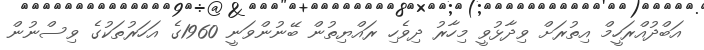
އަބްދުއްރަހީމް އިތުރަށް ވިދާޅުވީ މިހާރު ދިވެހި ރައްޔިތުން ބޭނުންވަނީ 1960ގެ އަހަރުތަކުގެ ވިސްނުން